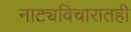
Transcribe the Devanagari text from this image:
नाट्यविचारातही